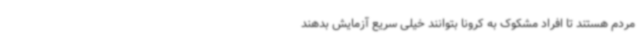
مردم هستند تا افراد مشکوک به کرونا بتوانند خیلی سریع آزمایش بدهند